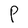
Character: P